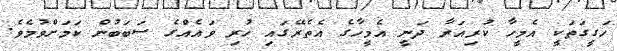
ހަގީގަތަކީ އެމީހާ ކުރިއަރާ ދަނީ އެމީހާގެ އެތެރޭގައި ހުރި ވައެއްގެ ސަބަބުން ކަމަށްވުމެވެ.